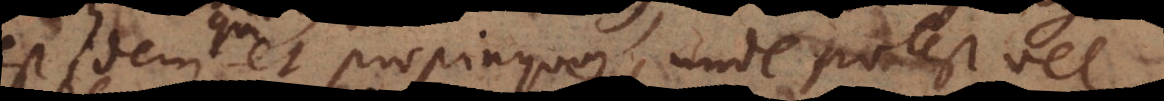
est idem et propinquus, unde potest vel